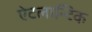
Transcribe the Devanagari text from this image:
ऐटलान्टिक